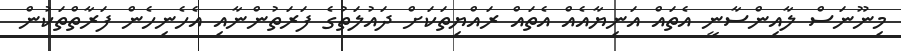
މިނޫނަސް ލާއިންސާނީ އެތައް އަނިޔާއެއް އެތައް ރައްޔިތަކަށް ދައުލަތުގެ ފަރަތުންނާއި އެހެނިހެން ފަރާތްތަކުން